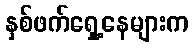
နှစ်ဖက်ရှေ့နေများက